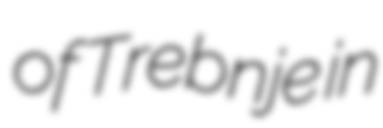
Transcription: of Trebnje in